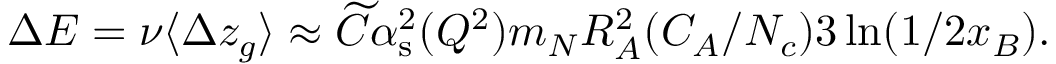
\Delta E = \nu \langle \Delta z _ { g } \rangle \approx \widetilde { C } \alpha _ { \mathrm { s } } ^ { 2 } ( Q ^ { 2 } ) m _ { N } R _ { A } ^ { 2 } ( C _ { A } / N _ { c } ) 3 \ln ( 1 / 2 x _ { B } ) .